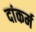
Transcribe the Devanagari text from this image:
दांकर्म